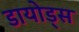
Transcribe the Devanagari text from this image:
डायोड्स